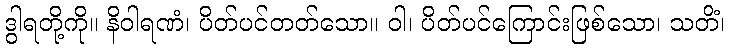
ဒွါရတို့ကို။ နိဝါရဏံ၊ ပိတ်ပင်တတ်သော။ ဝါ၊ ပိတ်ပင်ကြောင်းဖြစ်သော၊ သတိံ၊